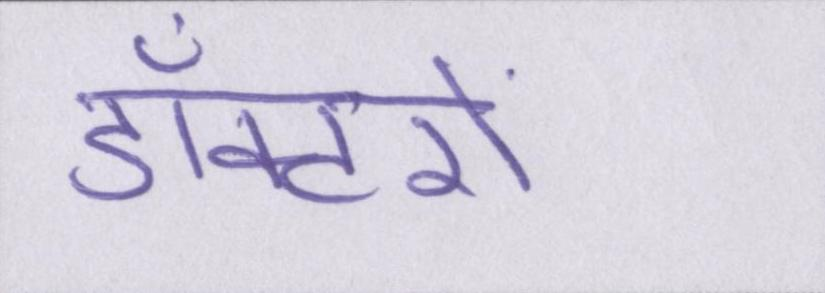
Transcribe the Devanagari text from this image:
डॉक्टरों